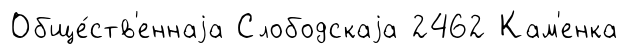
Обще́ств'еннаjа Слободскаjа 2462 Кам'енка